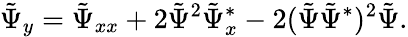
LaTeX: \tilde{\Psi}_{y}=\tilde{\Psi}_{xx}+2\tilde{\Psi}^{2}\tilde{\Psi}_{x}^{*}-2(\tilde{\Psi}\tilde{\Psi}^{*})^{2}\tilde{\Psi}.